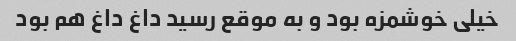
خیلی خوشمزه بود و به موقع رسید داغ داغ هم بود